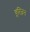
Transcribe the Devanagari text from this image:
बूत्ज़िन